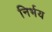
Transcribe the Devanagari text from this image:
निर्भय